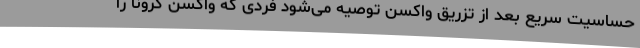
حساسیت سریع بعد از تزریق واکسن توصیه می‌شود فردی که واکسن کرونا را